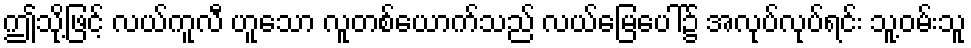
ဤသို့ဖြင့် လယ်ကူလီ ဟူသော လူတစ်ယောက်သည် လယ်မြေပေါ်၌ အလုပ်လုပ်ရင်း သူ့ဝမ်းသူ